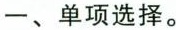
一、单项选择.